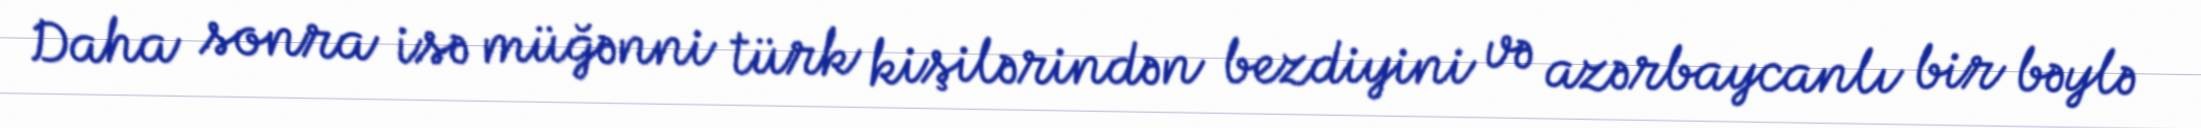
Daha sonra isə müğənni türk kişilərindən bezdiyini və azərbaycanlı bir bəylə